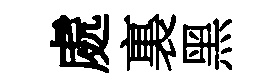
處裏黑